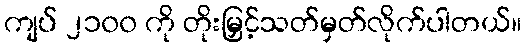
ကျပ် ၂၁၀၀ ကို တိုးမြှင့်သတ်မှတ်လိုက်ပါတယ်။